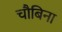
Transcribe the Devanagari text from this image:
चौबिना